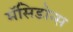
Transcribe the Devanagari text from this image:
मॅसिडोन्स